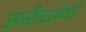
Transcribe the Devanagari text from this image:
साहित्यलेणी